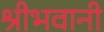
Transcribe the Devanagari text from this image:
श्रीभवानी